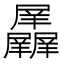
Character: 𱛃